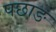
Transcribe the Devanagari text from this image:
पछाङ